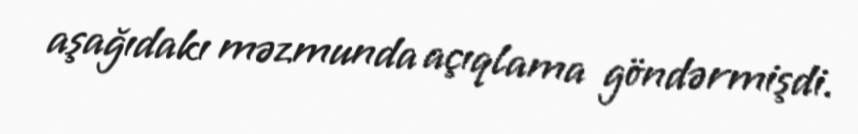
aşağıdakı məzmunda açıqlama göndərmişdi.